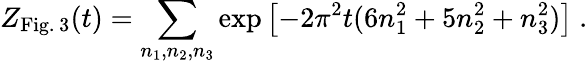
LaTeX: Z_{\mathrm{Fig.\, 3}}(t)=\sum_{n_{1},n_{2},n_{3}}\exp\left[-2\pi^{2}t(6n_{1}^{2}+5n_{2}^{2}+n_{3}^{2})\right]~.